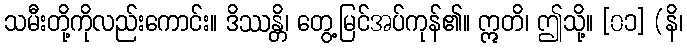
သမီးတို့ကိုလည်းကောင်း။ ဒိဿန္တိ၊ တွေ့မြင်အပ်ကုန်၏။ ဣတိ၊ ဤသို့။ [၀၁] (နိ၊